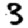
Digit: 3